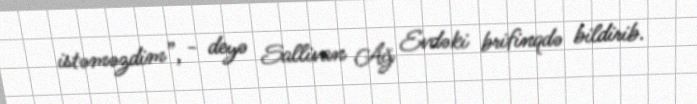
istəməzdim”, - deyə Sallivan Ağ Evdəki brifinqdə bildirib.